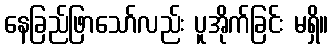
နေခြည်ဖြာသော်လည်း ပူအိုက်ခြင်း မရှိ။